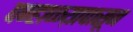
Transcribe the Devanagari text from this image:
पन्हाळय़ापासून